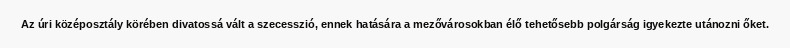
Az úri középosztály körében divatossá vált a szecesszió, ennek hatására a mezővárosokban élő tehetősebb polgárság igyekezte utánozni őket.